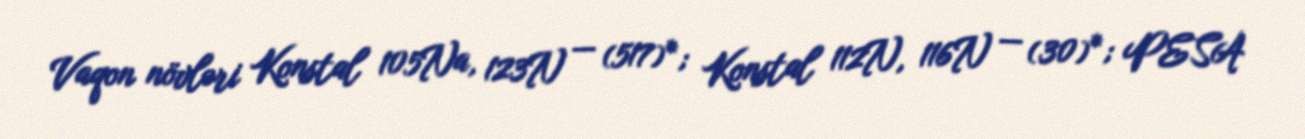
Vaqon növləri Konstal 105Na, 123N — (517)*; Konstal 112N, 116N — (30)*; PESA